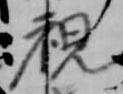
視